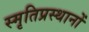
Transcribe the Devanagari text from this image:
स्मृतिप्रस्थानों